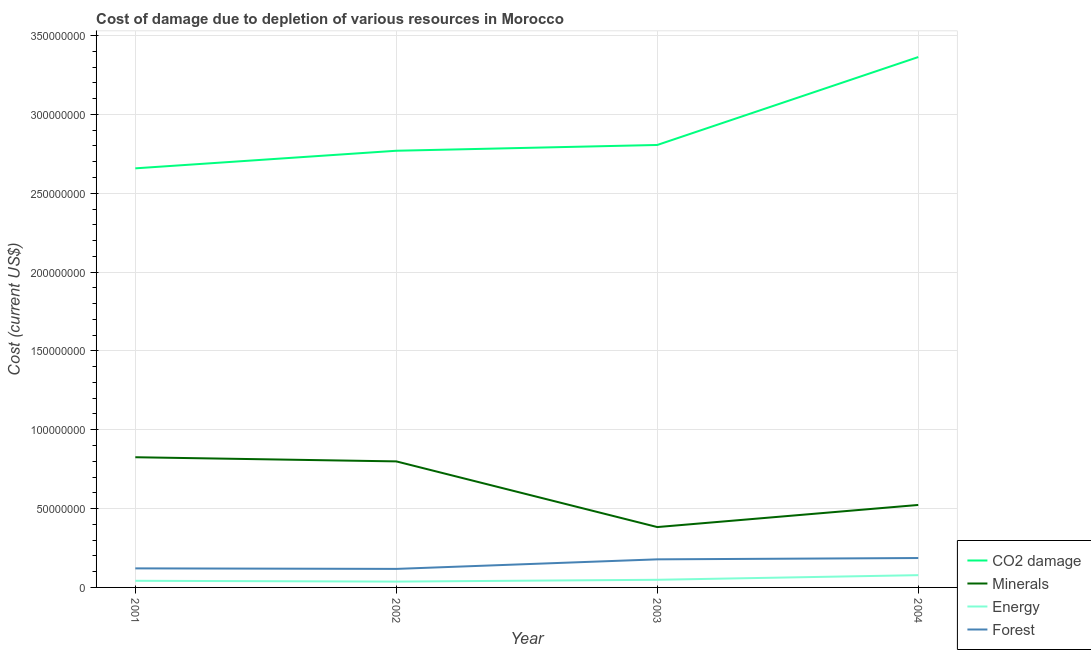
| Year | CO2 damage | Minerals | Energy | Forest |
 | --- | --- | --- | --- | --- |
 | 2001 | 2.66e+08 | 8.26e+07 | 4.21e+06 | 1.21e+07 |
 | 2002 | 2.77e+08 | 7.99e+07 | 3.7e+06 | 1.18e+07 |
 | 2003 | 2.81e+08 | 3.83e+07 | 4.85e+06 | 1.78e+07 |
 | 2004 | 3.36e+08 | 5.23e+07 | 7.78e+06 | 1.86e+07 |